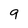
Character: 9